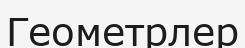
Геометрлер